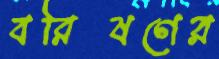
বরিষণের